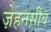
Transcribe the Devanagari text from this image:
ज़ेहनसीब